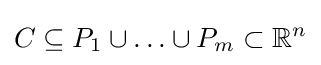
C\subseteq P_{1}\cup \ldots \cup P_{m}\subset \mathbb {R} ^{n}